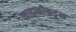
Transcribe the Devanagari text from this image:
व्याहाळीकडून